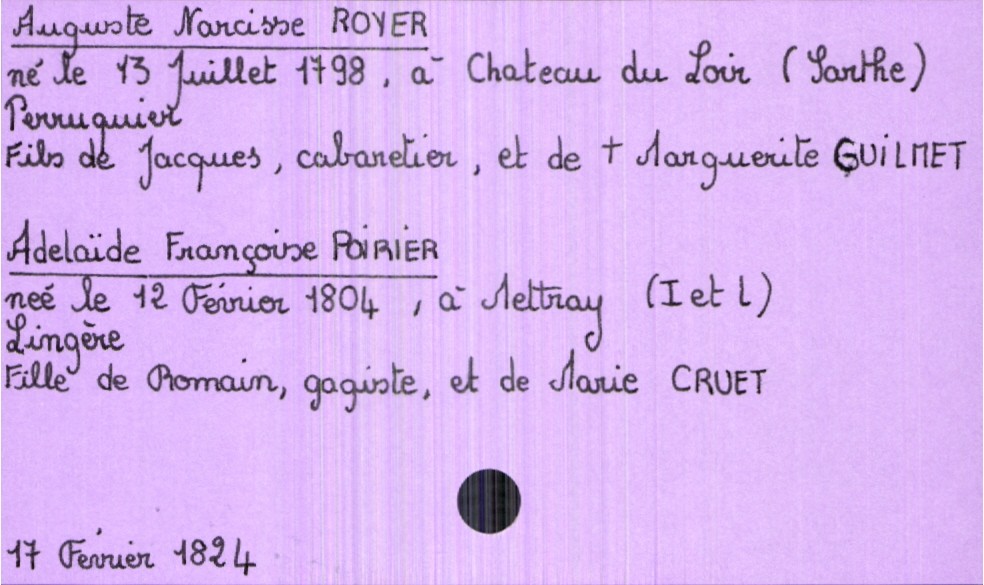
type_acte: Mariage
année: 1824
mois: février
jour: 17
marié_nom: Royer
marié_prénom: Auguste Narcisse
marié_profession: perruquier
marié_date_de_naissance: 13 juillet 1798
marié_lieu_de_naissance: Chateau du Loir (Sarthe)
père_marié_nom: Royer
père_marié_prénom: Jacques
père_marié_profession: cabaretier
mère_marié_nom: Guilmet
mère_marié_prénom: Marguerite
mère_marié_statut: décédée
mariée_nom: Poirier
mariée_prénom: Adelaïde Françoise
mariée_profession: lingère
mariée_date_de_naissance: 12 février 1804
mariée_lieu_de_naissance: Mettray (Indre et Loire)
père_mariée_nom: Poirier
père_mariée_prénom: Romain
père_mariée_profession: gagiste
mère_mariée_nom: Cruet
mère_mariée_prénom: Marie